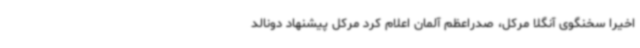
اخیرا سخنگوی آنگلا مرکل، صدراعظم آلمان اعلام کرد مرکل پیشنهاد دونالد